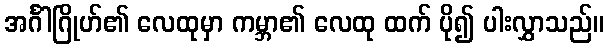
အင်္ဂါဂြိုဟ်၏ လေထုမှာ ကမ္ဘာ၏ လေထု ထက် ပို၍ ပါးလွှာသည်။